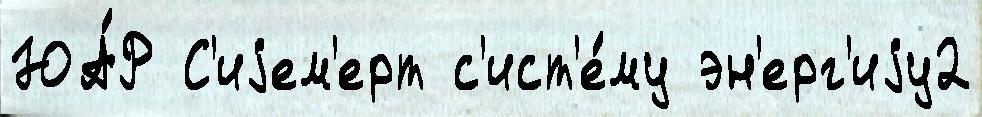
ЮА́Р С'иjем'ерт с'ист'е́му эн'ерг'иjу2